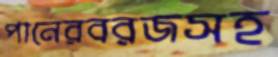
পানেরবরজসহ